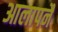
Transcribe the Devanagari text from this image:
आलापनै